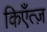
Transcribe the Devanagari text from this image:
किएँत्ज़